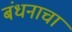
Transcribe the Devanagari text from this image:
बंधनाचा